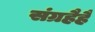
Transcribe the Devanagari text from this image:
संग्रहैहै